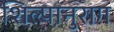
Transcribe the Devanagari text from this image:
शिल्पानुराग